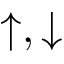
\uparrow , \downarrow